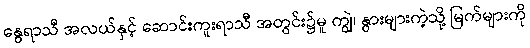
နွေရာသီ အလယ်နှင့် ဆောင်းကူးရာသီ အတွင်း၌မူ ကျွဲ၊ နွားများကဲ့သို့ မြက်များကို